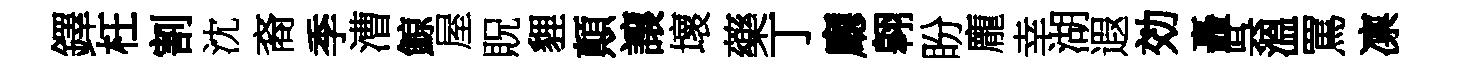
鐸枉割沈裔季漕鯨屋貺貍顛譲壞藥丁廳翱盼龐幸湖遐効矗呉溫罵凛